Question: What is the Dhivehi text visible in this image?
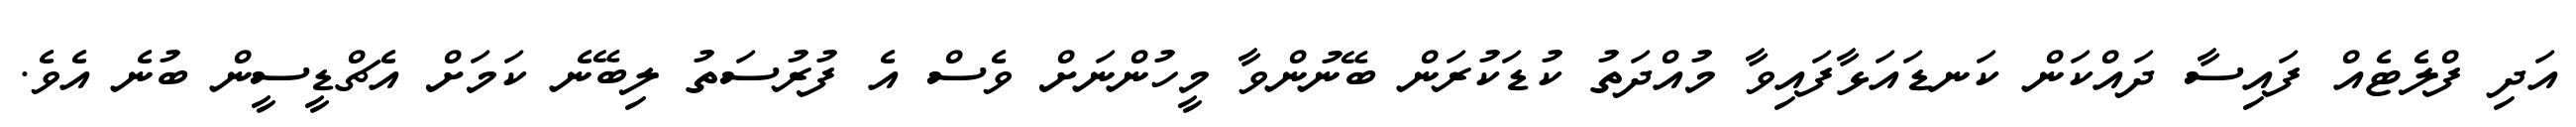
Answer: އަދި ފްލެޓެއް ފައިސާ ދައްކަން ކަނޑައަޅާފައިވާ މުއްދަތު ކުޑަކުރަން ބޭނުންވާ މީހުންނަށް ވެސް އެ ފުރުސަތު ލިބޭނެ ކަމަށް އެޗްޑީސީން ބުނެ އެވެ.